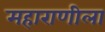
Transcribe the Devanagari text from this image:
महाराणीला